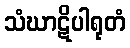
သံဃာဋိပါရုတံ